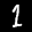
Label: 1